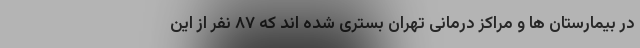
در بیمارستان‌ ها و مراکز درمانی تهران بستری شده اند که ۸۷ نفر از این